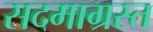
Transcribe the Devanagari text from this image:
सदमाग्रस्त